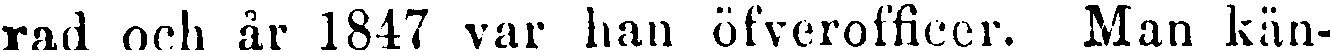
rad och år 1847 var han öfverofficer. Man kän-